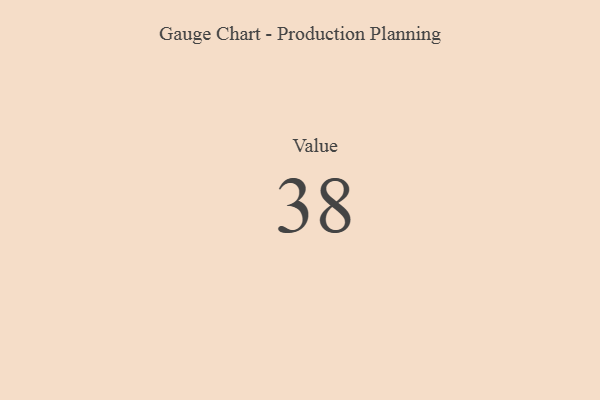
{"axis": {"x": "Metric", "y": "Value"}, "legend": [""], "data": [{"x": "Value", "y": 38, "type": ""}]}